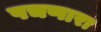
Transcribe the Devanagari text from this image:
पचणारा